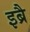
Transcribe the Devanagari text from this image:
इब्रै